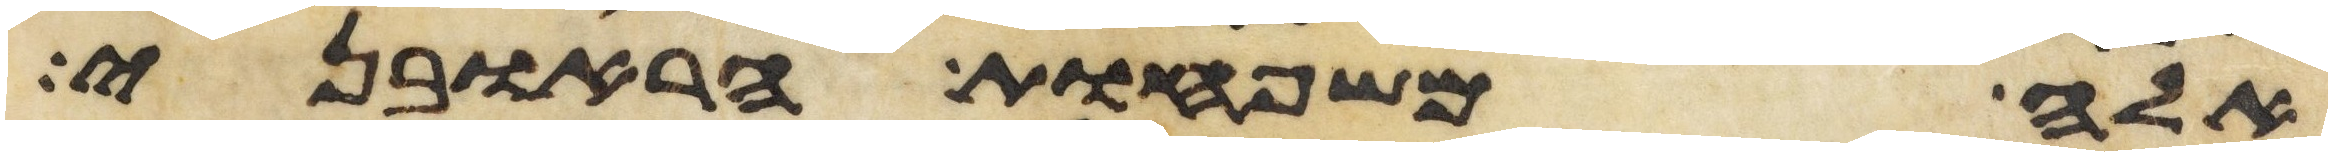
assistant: אלה משפחות הראובני